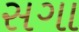
સગા